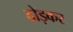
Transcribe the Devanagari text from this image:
दोड़कर